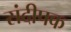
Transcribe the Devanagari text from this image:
संदीपक